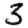
Digit: 3